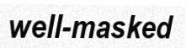
well-masked